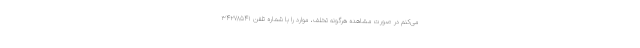
می‌کنم در صورت مشاهده هرگونه تخلف، موارد را با شماره تلفن ۳۴۲۷۸۵۴۱